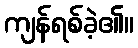
ကျန်ရစ်ခဲ့၏။